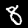
Digit: 8